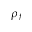
\rho _ { f }